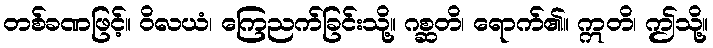
တစ်ခဏဖြင့်။ ဝိလယံ၊ ကြေညက်ခြင်းသို့။ ဂစ္ဆတိ၊ ရောက်၏။ ဣတိ၊ ဤသို့။